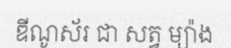
ឌីណូស័រ ជា សត្វ ម្យ៉ាង